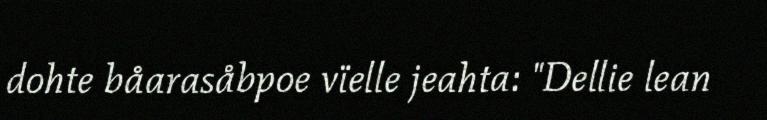
dohte båarasåbpoe vïelle jeahta: "Dellie lean